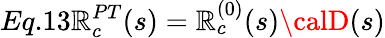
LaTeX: Eq.13\mathbb{R}_{c}^{PT}(s)=\mathbb{R}_{c}^{(0)}(s){\calD}(s)